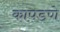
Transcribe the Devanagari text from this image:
कापडणे